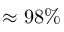
\approx 9 8 \%